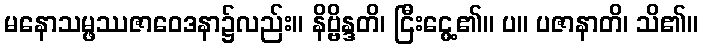
မနောသမ္ဖဿဇာဝေဒနာ၌လည်း။ နိဗ္ဗိန္ဒတိ၊ ငြီးငွေ့၏။ ပ။ ပဇာနာတိ၊ သိ၏။